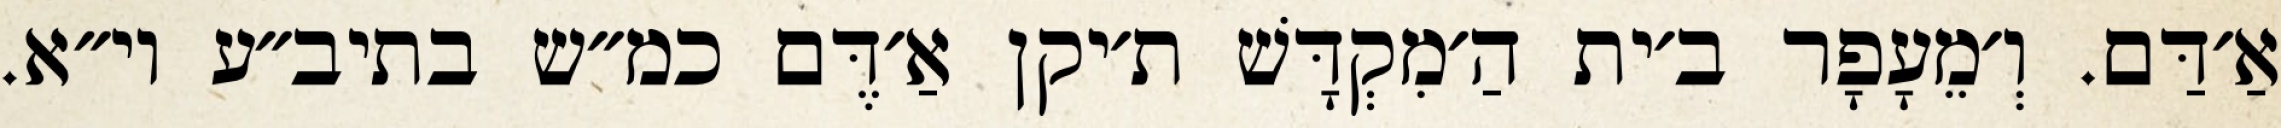
אַ׳דַּם. וְ׳מֵעָפָר ב׳ית הַ׳מִקְדָּשׁ ת׳יקן אַ׳דֶּם כמ״ש בתיב״ע וי״א.